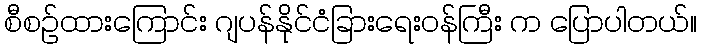
စီစဉ်ထားကြောင်း ဂျပန်နိုင်ငံခြားရေးဝန်ကြီး က ပြောပါတယ်။